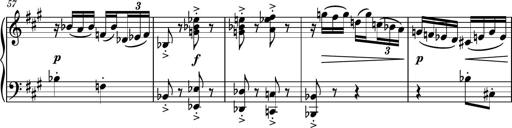
Title: Piano Sonatina No.6
Composer: Dimitri Sykias
Key: A major